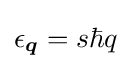
\epsilon _{\boldsymbol {q}}=s\hbar q